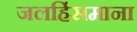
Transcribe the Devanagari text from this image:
जलहिंसमाना